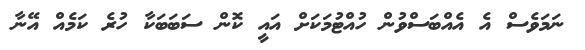
ނަމަވެސް އެ އެއްބަސްވުން ހުއްޓުމަކަށް އައީ ކޮން ސަބަބަކާ ހުރެ ކަމެއް އޭނާ